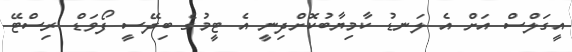
އީގަލްސް އަށް އެ ލަނޑު ކާމިޔާބުކޮށްދިނީ އެ ޓީމުގެ ބިދޭސީ ފޯވަޑް ރިސްޓޭ